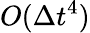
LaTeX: O(\Delta t^{4})